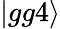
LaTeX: |gg4\rangle